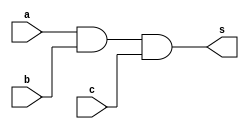
// -- PUC Minas - Instituto de Ciencias Exatas e Informatica
// -- Ciencia da Computacao - Professor Theldo Cruz
// Nome: ANA CRISTINA PEREIRA TEIXEIRA

// 08 - Construir a tabela_verdade para a porta AND com 3 entradas
// Obs - Usar expresso na definicao do modulo

// Exercicio0008 - and - 3 entradas

// --------------------- 
// -- and gate 
// --------------------- 
module andgate (output s, input a, input b, input c);
	assign s = a & b & c ; // vinculo permanente
endmodule // and

// --------------------- 
// -- test andgate 
// --------------------- 
module testandgate;
	// ------------------------- dados locais
	reg a, b, c; // definir registrador
	wire s; // definir conexao (fio)
	
	// ------------------------- instancia
	andgate AND1 (s, a, b, c);
	
	// ------------------------- preparacao
	initial begin:start
		a = 0;
		b = 0;
		c = 0;
	end
	
	// ------------------------- parte principal
	initial begin:main
		$display("Exercicio 0008 - ANA CRISTINA - 427385");
		$display("Test and gate");
		$display("\n a & b & c = s\n");
		
		$monitor("%b & %b & %b = %b", a, b, c, s);
		#1 a = 0; b = 0; c = 0;
		#1 a = 0; b = 0; c = 1;
		#1 a = 0; b = 1; c = 0;
		#1 a = 0; b = 1; c = 1;
		
		#1 a = 1; b = 0; c = 0;
		#1 a = 1; b = 0; c = 1;
		#1 a = 1; b = 1; c = 0;
		#1 a = 1; b = 1; c = 1;
	end
endmodule // testandgate

// -- Testes
// Exercicio 0008 - ANA CRISTINA - 427385
// Test and gate
// a & b & c = s
// 0 & 0 & 0 = 0
// 0 & 0 & 1 = 0
// 0 & 1 & 0 = 0
// 0 & 1 & 1 = 0
// 1 & 0 & 0 = 0
// 1 & 0 & 1 = 0
// 1 & 1 & 0 = 0
// 1 & 1 & 1 = 1